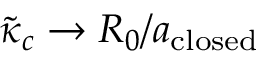
\tilde { \kappa } _ { c } \rightarrow R _ { 0 } / a _ { \mathrm { c l o s e d } }